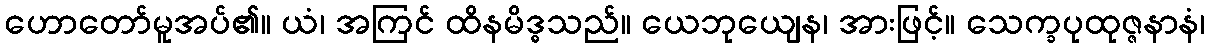
ဟောတော်မူအပ်၏။ ယံ၊ အကြင် ထိနမိဒ္ဓသည်။ ယေဘုယျေန၊ အားဖြင့်။ သေက္ခပုထုဇ္ဇနာနံ၊